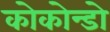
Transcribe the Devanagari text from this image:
कोकोन्डो